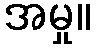
အမှု။